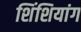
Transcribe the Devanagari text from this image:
शिंशियांग